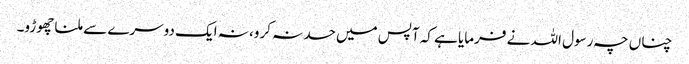
چناں چہ رسول اللہ نے فرمایا ہے کہ آپس میں حسد نہ کرو، نہ ایک دوسرے سے ملنا چھوڑو۔